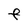
Character: F